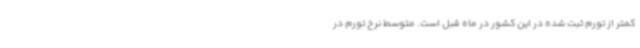
کمتر از تورم ثبت شده در این کشور در ماه قبل است. متوسط نرخ تورم در